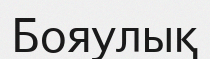
Бояулық